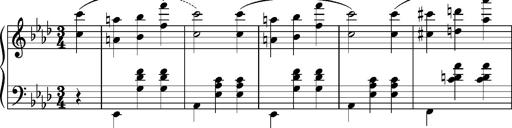
Title: Album-Leaf 'Magdeburg', S.163n
Composer: Franz Liszt
Key: A-flat major